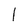
Character: l